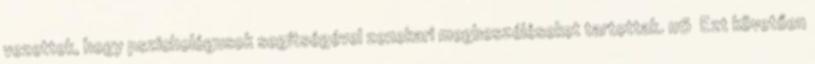
vezettek, hogy pszichológusok segítségével zenekari megbeszéléseket tartottak. 116 Ezt követően